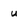
Character: u